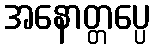
အနောတ္တပ္ပေ